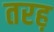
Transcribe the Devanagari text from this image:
तरह़